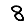
Digit: 8